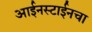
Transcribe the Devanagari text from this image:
आईनस्टाईनचा